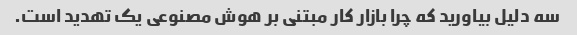
سه دلیل بیاورید که چرا بازار کار مبتنی بر هوش مصنوعی یک تهدید است.